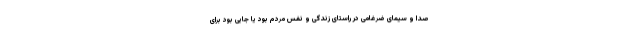
صدا و سیمای ضرغامی در راستای زندگی و نَفس مردم بود یا جایی بود برای